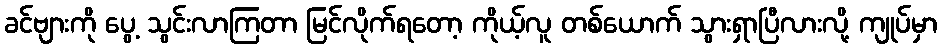
ခင်ဗျားကို ပွေ့ သွင်းလာကြတာ မြင်လိုက်ရတော့ ကိုယ့်လူ တစ်ယောက် သွားရှာပြီလားလို့ ကျုပ်မှာ